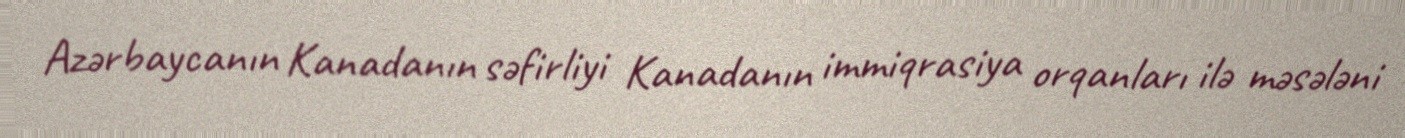
Azərbaycanın Kanadanın səfirliyi Kanadanın immiqrasiya orqanları ilə məsələni